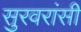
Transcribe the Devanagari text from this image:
सुरवरांसी